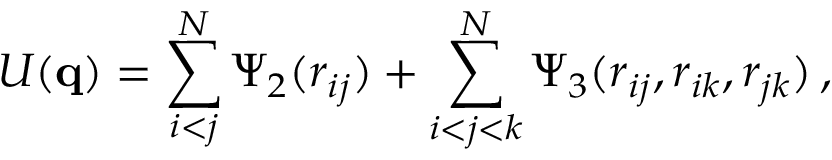
U ( \mathbf { q } ) = \sum _ { i < j } ^ { N } \Psi _ { 2 } ( r _ { i j } ) + \sum _ { i < j < k } ^ { N } \Psi _ { 3 } ( r _ { i j } , r _ { i k } , r _ { j k } ) \, ,